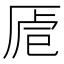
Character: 𠩳